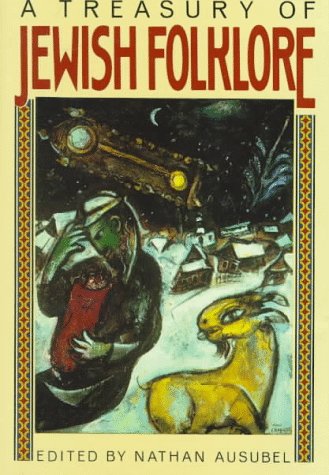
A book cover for A Treasury of Jewish Folklore; Nathan Ausubel; Literature & Fiction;